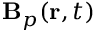
\mathbf { B } _ { p } ( \mathbf { r } , t )